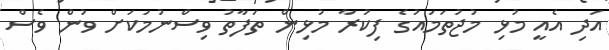
އަދި އެއީ މުޅި މުޖުތަމައުގެ ފިކުރާ މުޅިން ތަފާތު ވިސްނުމަކަށް ވުން ވެސް